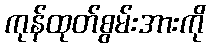
ကုန်ထုတ်စွမ်းအားကို